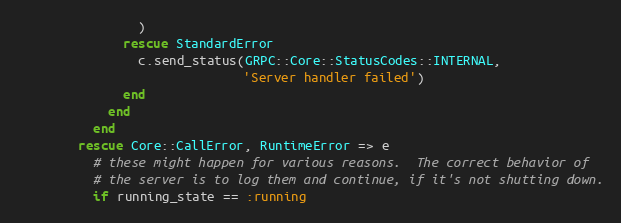
Language: Ruby
                )
              rescue StandardError
                c.send_status(GRPC::Core::StatusCodes::INTERNAL,
                              'Server handler failed')
              end
            end
          end
        rescue Core::CallError, RuntimeError => e
          # these might happen for various reasons.  The correct behavior of
          # the server is to log them and continue, if it's not shutting down.
          if running_state == :running